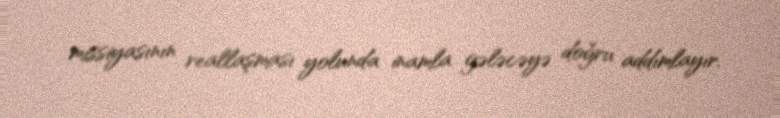
missiyasının reallaşması yolunda inamla gələcəyə doğru addımlayır.